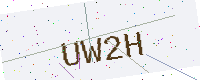
Text: UW2H